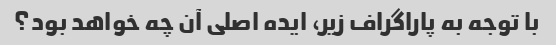
با توجه به پاراگراف زیر، ایده اصلی آن چه خواهد بود؟